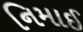
નિમાઈ